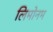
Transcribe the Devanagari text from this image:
लिमोनम